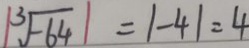
\vert \sqrt [ 3 ] { - 6 4 } = \vert - 4 \vert = 4